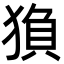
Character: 𬌻